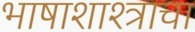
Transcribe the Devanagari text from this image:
भाषाशाश्त्राचा